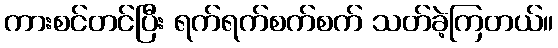
ကားစင်တင်ပြီး ရက်ရက်စက်စက် သတ်ခဲ့ကြတယ်။